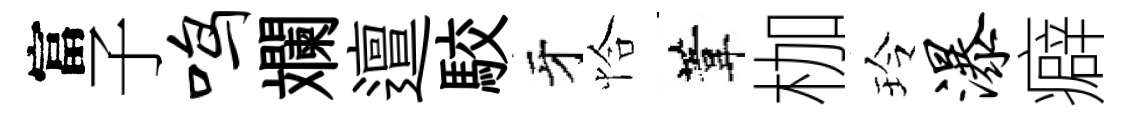
富子鸣斕邅駮牙恰葦枷玲瀑癖